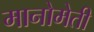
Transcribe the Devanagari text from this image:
मानोमेती